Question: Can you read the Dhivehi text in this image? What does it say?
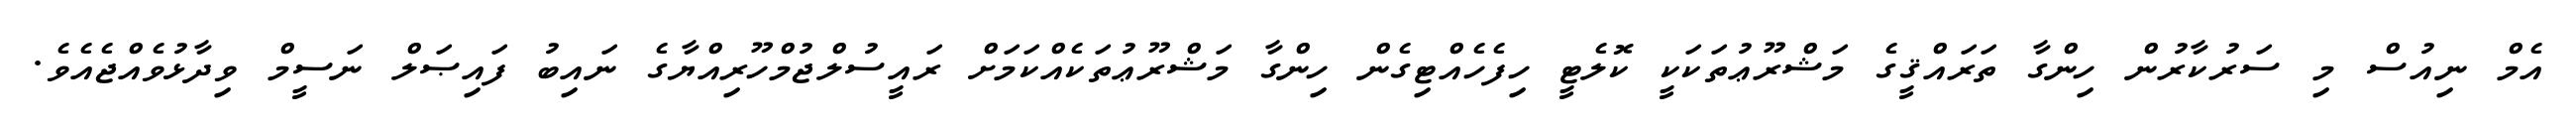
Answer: އެމް ނިއުސް މި ސަރުކާރުން ހިންގާ ތަރައްޤީގެ މަޝްރޫޢުތަކަކީ ކޮލެޓީ ހިފެހެއްޓިގެން ހިންގާ މަޝްރޫޢުތަކެއްކަމަށް ރައީސުލްޖުމްހޫރިއްޔާގެ ނައިބު ފައިޞަލް ނަސީމް ވިދާޅުވެއްޖެއެވެ.